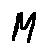
M